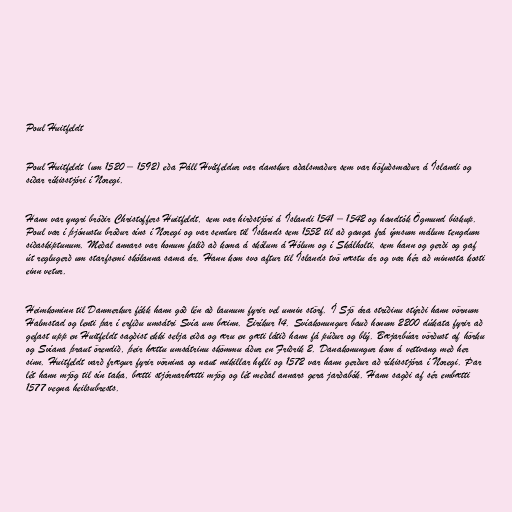
Poul Huitfeldt

Poul Huitfeldt (um 1520 – 1592) eða Páll Hvítfeldur var danskur aðalsmaður sem var höfuðsmaður á Íslandi og
síðar ríkisstjóri í Noregi.

Hann var yngri bróðir Christoffers Huitfeldt, sem var hirðstjóri á Íslandi 1541 – 1542 og handtók Ögmund biskup.
Poul var í þjónustu bróður síns í Noregi og var sendur til Íslands sem 1552 til að ganga frá ýmsum málum tengdum
siðaskiptunum. Meðal annars var honum falið að koma á skólum á Hólum og í Skálholti, sem hann og gerði og gaf
út reglugerð um starfsemi skólanna sama ár. Hann kom svo aftur til Íslands tvö næstu ár og var hér að minnsta kosti
einn vetur.

Heimkominn til Danmerkur fékk hann góð lén að launum fyrir vel unnin störf. Í Sjö ára stríðinu stýrði hann vörnum
Halmstad og lenti þar í erfiðu umsátri Svía um bæinn. Eiríkur 14. Svíakonungur bauð honum 2200 dúkata fyrir að
gefast upp en Huitfeldt sagðist ekki selja eiða og æru en gæti látið hann fá púður og blý. Bæjarbúar vörðust af hörku
og Svíana þraut örendið, þeir hættu umsátrinu skömmu áður en Friðrik 2. Danakonungur kom á vettvang með her
sinn. Huitfeldt varð frægur fyrir vörnina og naut mikillar hylli og 1572 var hann gerður að ríkisstjóra í Noregi. Þar
lét hann mjög til sín taka, bætti stjórnarhætti mjög og lét meðal annars gera jarðabók. Hann sagði af sér embætti
1577 vegna heilsubrests.